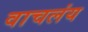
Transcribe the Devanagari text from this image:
वाचलंय